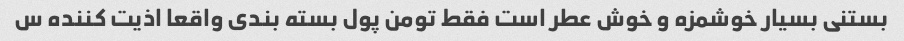
بستنی بسیار خوشمزه و خوش عطر است فقط تومن پول بسته بندی واقعا اذیت کننده س